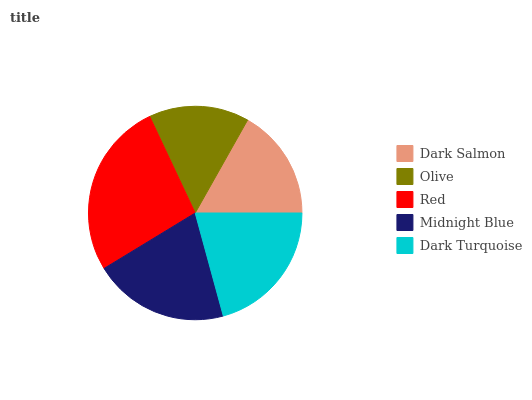
| Dark Salmon | Olive | Red | Midnight Blue | Dark Turquoise |
 | --- | --- | --- | --- | --- |
 | 16.9% | 15.2% | 26.7% | 20.5% | 20.7% |